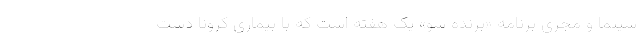
سینما و مجری برنامه «برنده شو» یک هفته است که با بیماری کرونا دست